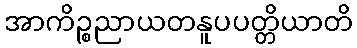
အာကိဉ္စညာယတနူပပတ္တိယာတိ